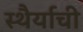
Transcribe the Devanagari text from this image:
स्थैर्याची